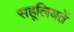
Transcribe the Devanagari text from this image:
सहूलियतें